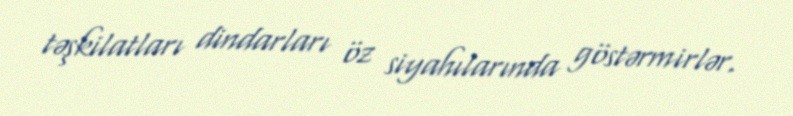
təşkilatları dindarları öz siyahılarında göstərmirlər.